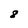
Character: 8